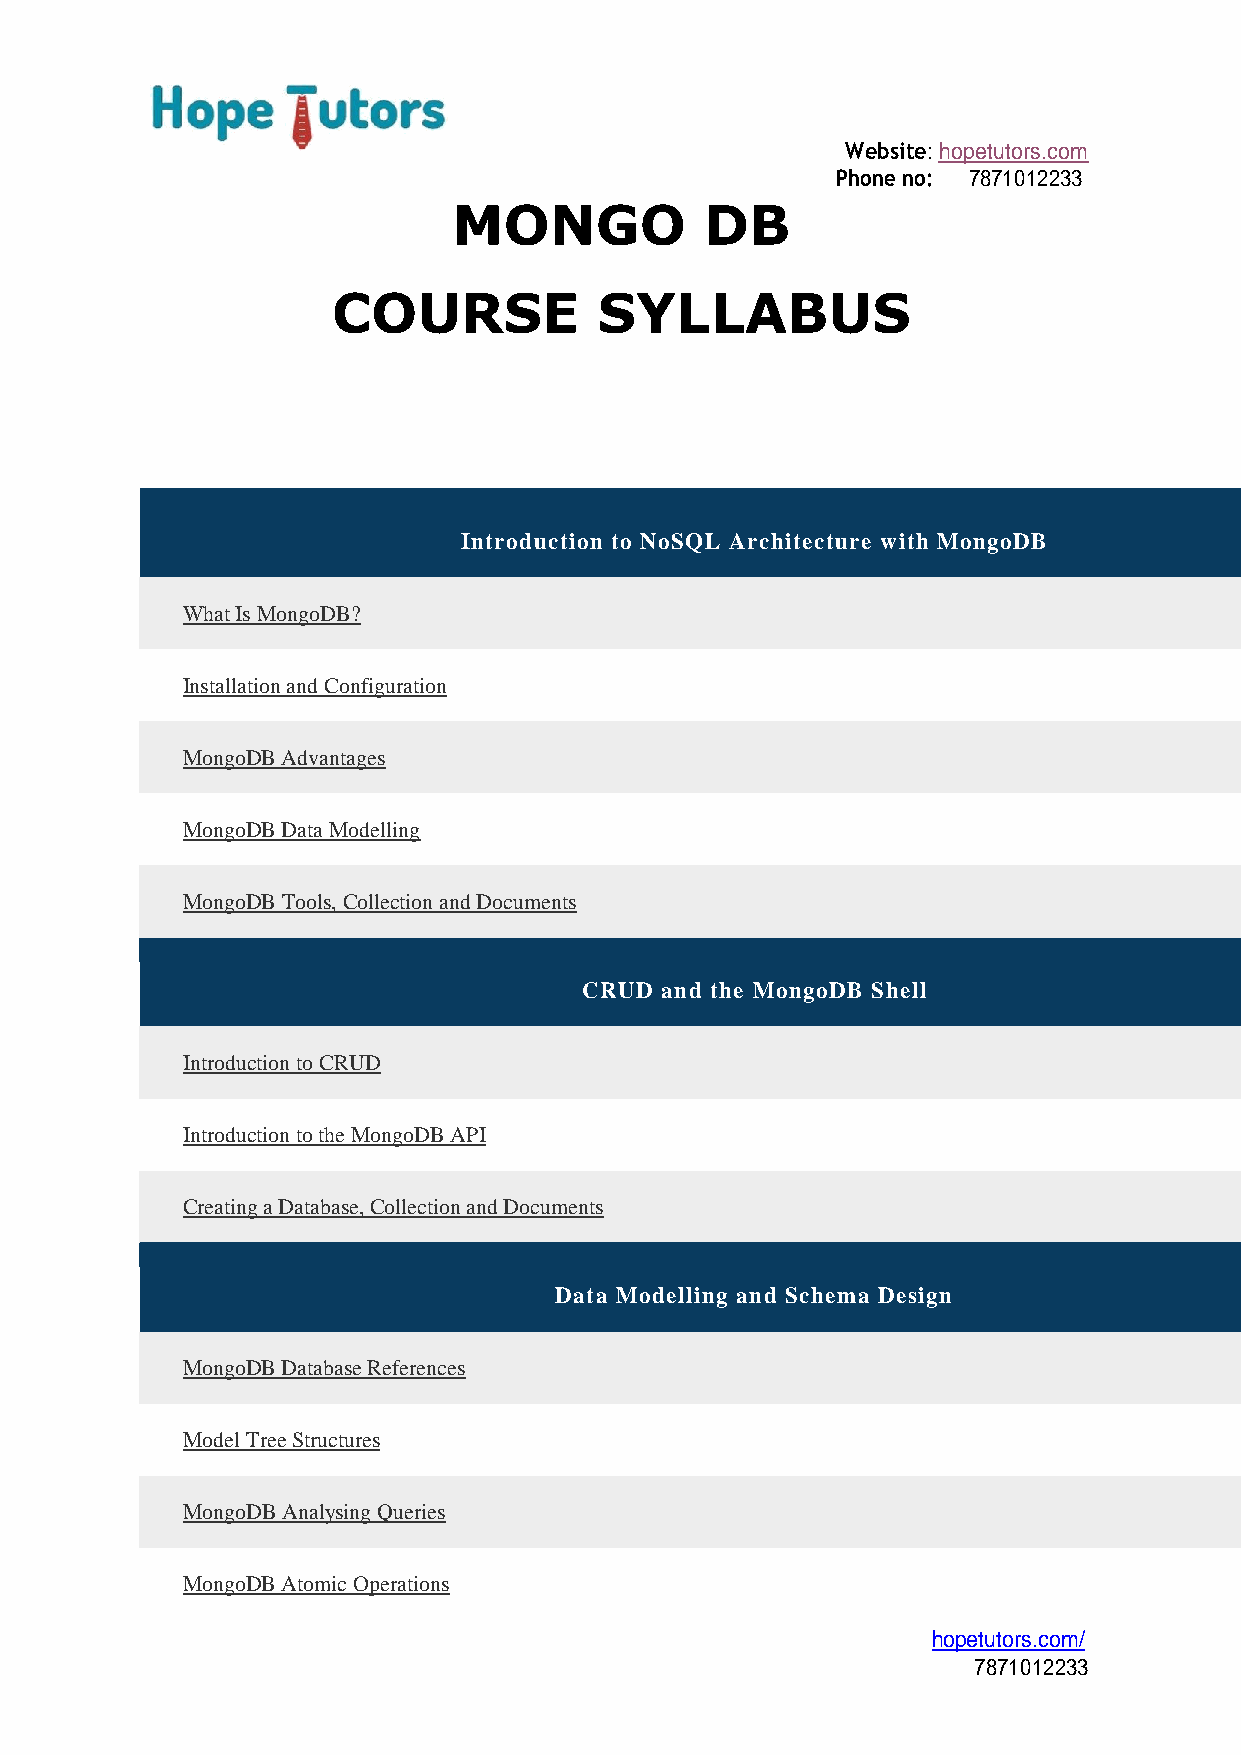
Website: hopetutors.com
 Phone no: 7871012233
 MONGO            DB
 COURSE            SYLLABUS
 Introduction to NoSQL Architecture with MongoDB
 What Is MongoDB?
 Installation and Configuration
 MongoDB Advantages
 MongoDB Data Modelling
 MongoDB Tools, Collection and Documents
 CRUD and the MongoDB Shell
 Introduction to CRUD
 Introduction to the MongoDB API
 Creating a Database, Collection and Documents
 Data Modelling and Schema Design
 MongoDB Database References
 Model Tree Structures
 MongoDB Analysing Queries
 MongoDB Atomic Operations
 hopetutors.com/
 7871012233